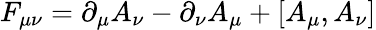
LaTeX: F_{\mu\nu}=\partial_{\mu}A_{\nu}-\partial_{\nu}A_{\mu}+[A_{\mu},A_{\nu}]